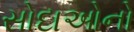
સોદાઓનો